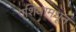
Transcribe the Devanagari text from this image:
एशियामधून